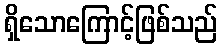
ရှိသောကြောင့်ဖြစ်သည်